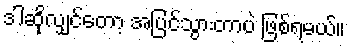
ဒါဆိုလျှင်တော့ အပြင်သွားတာပဲ ဖြစ်ရမယ်။